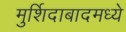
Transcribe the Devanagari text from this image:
मुर्शिदाबादमध्ये